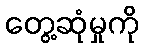
တွေ့ဆုံမှုကို